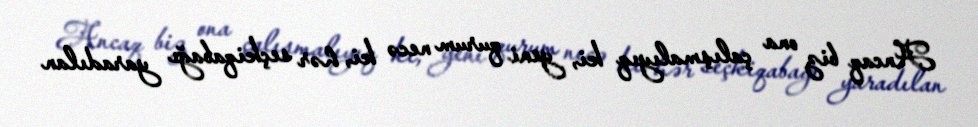
Ancaq biz ona çalışmalıyıq ki, yeni qurum necə ki, hər seçkiqabağı yaradılan